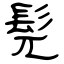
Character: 髡